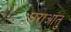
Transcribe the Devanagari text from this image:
घराआंतु